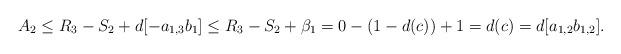
LaTeX: \begin{align*} A_{2}\le R_{3}-S_{2}+d[-a_{1,3}b_{1}]\le R_{3}-S_{2}+\beta_{1}=0-(1-d(c))+1=d(c)=d[a_{1,2}b_{1,2}]. \end{align*}